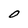
Character: O